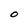
Character: 0